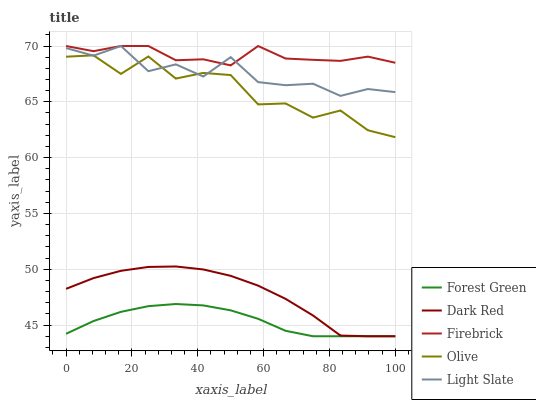
| xaxis_label | Forest Green | Dark Red | Firebrick | Olive | Light Slate |
 | --- | --- | --- | --- | --- | --- |
 | 0 | 44.2 | 48.2 | 70 | 69 | 69.8 |
 | 8.33 | 45.4 | 49.2 | 69.5 | 69.2 | 69.1 |
 | 16.7 | 46.2 | 49.9 | 70 | 67.5 | 70 |
 | 25 | 46.7 | 50.2 | 70 | 69.1 | 67.7 |
 | 33.3 | 46.9 | 50.3 | 68.7 | 67.1 | 68.4 |
 | 41.7 | 46.8 | 50 | 68.8 | 67.6 | 67.3 |
 | 50 | 46.3 | 49.4 | 68.3 | 67.4 | 69 |
 | 58.3 | 45.6 | 48.5 | 70 | 64.8 | 66.8 |
 | 66.7 | 44.5 | 47.3 | 68.9 | 64.9 | 66.5 |
 | 75 | 44 | 45.9 | 68.8 | 63.6 | 66.6 |
 | 83.3 | 44 | 44.1 | 68.7 | 64.2 | 65.5 |
 | 91.7 | 44 | 44 | 69.1 | 62.5 | 66.1 |
 | 100 | 44 | 44 | 68.5 | 61.8 | 65.9 |